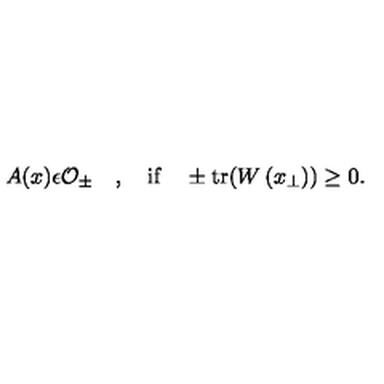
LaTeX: A ( x ) \epsilon { \cal O } _ { \pm } \quad , \quad \mathrm { i f } \quad \pm \mathrm { t r } ( W \left( x _ { \perp } \right) ) \ge 0 .